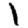
Digit: 1